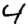
Digit: 4